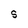
Character: S